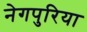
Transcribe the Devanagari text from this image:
नेगपुरिया